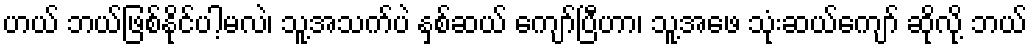
ဟယ် ဘယ်ဖြစ်နိုင်ပါ့မလဲ၊ သူ့အသက်ပဲ နှစ်ဆယ် ကျော်ပြီဟာ၊ သူ့အဖေ သုံးဆယ်ကျော် ဆိုလို့ ဘယ်